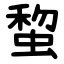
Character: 䖿